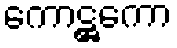
ကောဋ္ဌကော